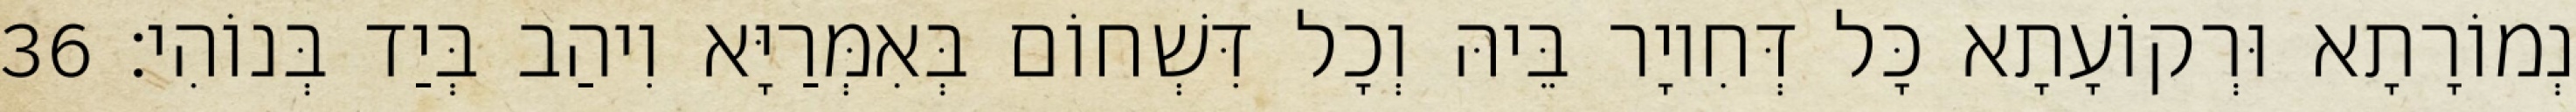
נְמוֹרָתָא וּרְקוֹעָתָא כָּל דְּחִיוָר בֵּיהּ וְכָל דִּשְׁחוֹם בְּאִמְּרַיָּא וִיהַב בְּיַד בְּנוֹהִי׃ 36